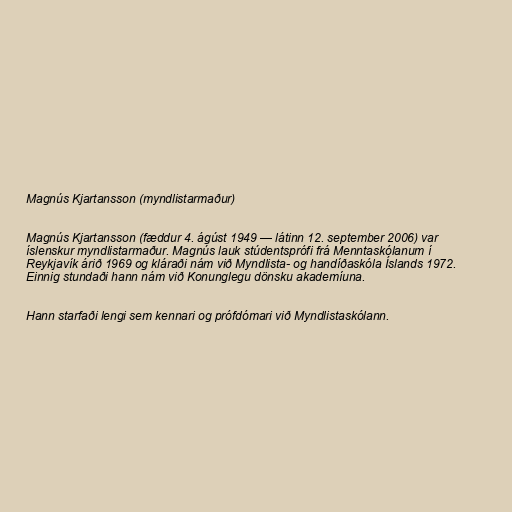
Magnús Kjartansson (myndlistarmaður)

Magnús Kjartansson (fæddur 4. ágúst 1949 — látinn 12. september 2006) var
íslenskur myndlistarmaður. Magnús lauk stúdentsprófi frá Menntaskólanum í
Reykjavík árið 1969 og kláraði nám við Myndlista- og handíðaskóla Íslands 1972.
Einnig stundaði hann nám við Konunglegu dönsku akademíuna.

Hann starfaði lengi sem kennari og prófdómari við Myndlistaskólann.